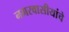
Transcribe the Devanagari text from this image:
नगरवासीयांचे